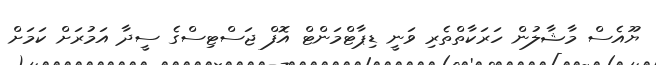
ޔޫއެސް މާޝާލުން ހަރަކާތްތެރި ވަނީ ޑިޕާޓްމަންޓް އޮފް ޖަސްޓިސްގެ ސީދާ އަމުރަށް ކަމަށް